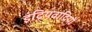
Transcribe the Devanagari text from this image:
इंद्रियवादियों